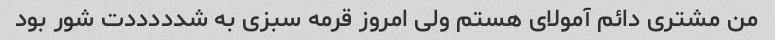
من مشتری دائم آمولای هستم ولی امروز قرمه سبزی به شدددددت شور بود